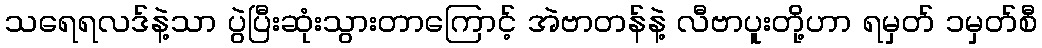
သရေရလဒ်နဲ့သာ ပွဲပြီးဆုံးသွားတာကြောင့် အဲဗာတန်နဲ့ လီဗာပူးတို့ဟာ ရမှတ် ၁မှတ်စီ